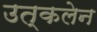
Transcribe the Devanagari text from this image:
उत्कलेन